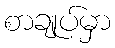
စာချုပ်မှာ